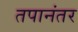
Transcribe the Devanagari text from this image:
तपानंतर